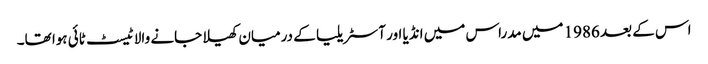
اس کے بعد 1986 میں مدراس میں انڈیا اور آسٹریلیا کے درمیان کھیلا جانے والا ٹیسٹ ٹائی ہوا تھا۔